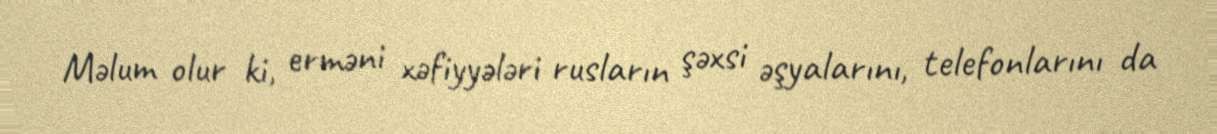
Məlum olur ki, erməni xəfiyyələri rusların şəxsi əşyalarını, telefonlarını da